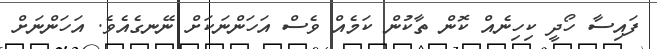
ފައިސާ ހޯދީ ކިހިނެއް ކޮން ތާކުން ކަމެއް ވެސް އަހަންނަކަށް ނޭނގެއެވެ. އަހަންނަށް